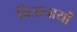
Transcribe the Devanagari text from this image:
चित्राचार्यों